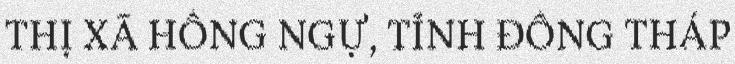
THỊ XÃ HỒNG NGỰ, TỈNH ĐỒNG THÁP